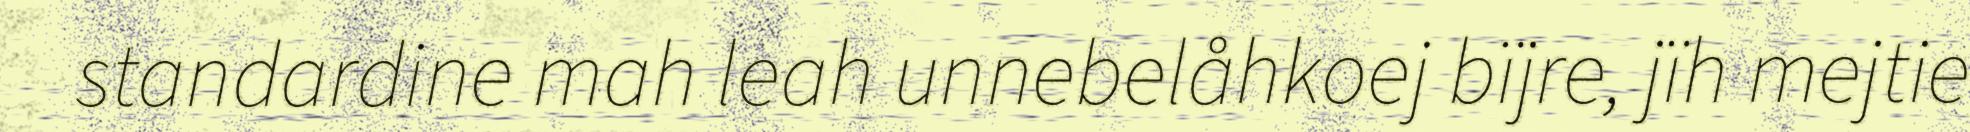
standardine mah leah unnebelåhkoej bïjre, jïh mejtie